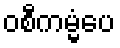
ဝစီကမ္မံပေ